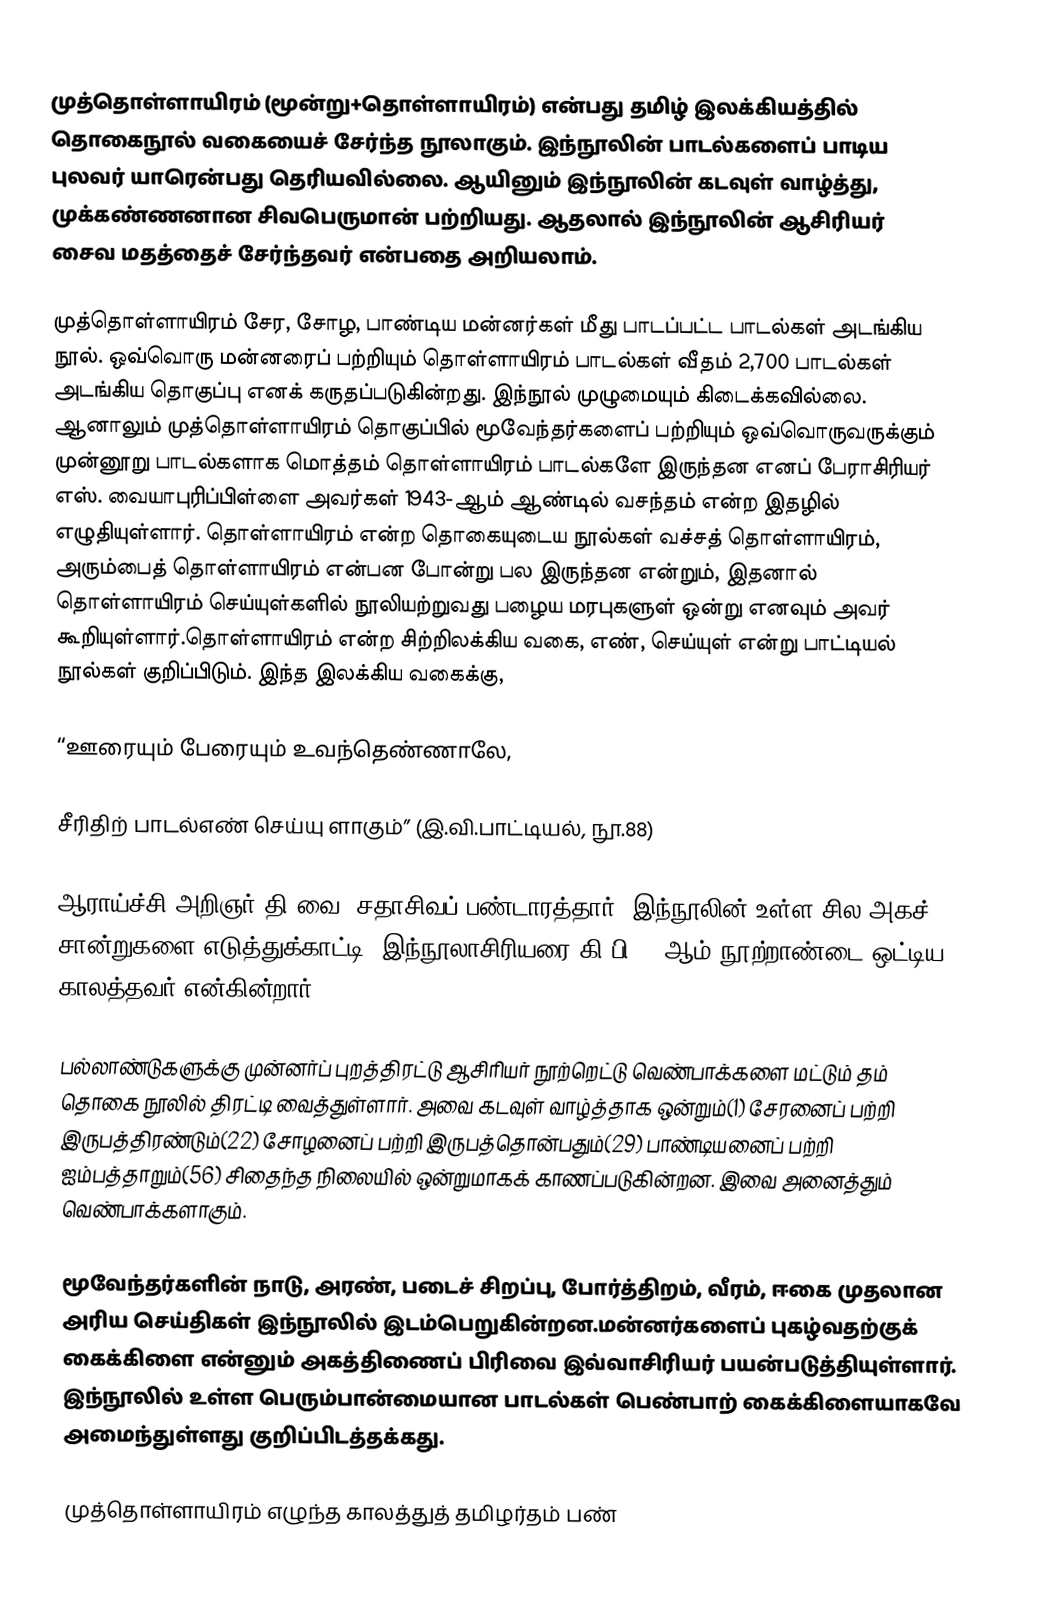
முத்தொள்ளாயிரம் (மூன்று+தொள்ளாயிரம்) என்பது தமிழ் இலக்கியத்தில் தொகைநூல் வகையைச் சேர்ந்த நூலாகும். இந்நூலின் பாடல்களைப் பாடிய புலவர் யாரென்பது தெரியவில்லை. ஆயினும் இந்நூலின் கடவுள் வாழ்த்து, முக்கண்ணனான சிவபெருமான் பற்றியது. ஆதலால் இந்நூலின் ஆசிரியர் சைவ மதத்தைச் சேர்ந்தவர் என்பதை அறியலாம்.

முத்தொள்ளாயிரம் சேர, சோழ, பாண்டிய மன்னர்கள் மீது பாடப்பட்ட பாடல்கள் அடங்கிய நூல். ஒவ்வொரு மன்னரைப் பற்றியும் தொள்ளாயிரம் பாடல்கள் வீதம் 2,700 பாடல்கள் அடங்கிய தொகுப்பு எனக் கருதப்படுகின்றது. இந்நூல் முழுமையும் கிடைக்கவில்லை. ஆனாலும் முத்தொள்ளாயிரம் தொகுப்பில் மூவேந்தர்களைப் பற்றியும் ஒவ்வொருவருக்கும் முன்னூறு பாடல்களாக மொத்தம் தொள்ளாயிரம் பாடல்களே இருந்தன எனப் பேராசிரியர் எஸ். வையாபுரிப்பிள்ளை அவர்கள் 1943-ஆம் ஆண்டில் வசந்தம் என்ற இதழில் எழுதியுள்ளார். தொள்ளாயிரம் என்ற தொகையுடைய நூல்கள் வச்சத் தொள்ளாயிரம், அரும்பைத் தொள்ளாயிரம் என்பன போன்று பல இருந்தன என்றும், இதனால் தொள்ளாயிரம் செய்யுள்களில் நூலியற்றுவது பழைய மரபுகளுள் ஒன்று எனவும் அவர் கூறியுள்ளார்.தொள்ளாயிரம் என்ற சிற்றிலக்கிய வகை, எண், செய்யுள் என்று பாட்டியல் நூல்கள் குறிப்பிடும். இந்த இலக்கிய வகைக்கு,

“ஊரையும் பேரையும் உவந்தெண்ணாலே,

சீரிதிற் பாடல்எண் செய்யு ளாகும்” (இ.வி.பாட்டியல், நூ.88)

ஆராய்ச்சி அறிஞர் தி.வை. சதாசிவப் பண்டாரத்தார். இந்நூலின் உள்ள சில அகச் சான்றுகளை எடுத்துக்காட்டி, இந்நூலாசிரியரை கி.பி. 5-ஆம் நூற்றாண்டை ஒட்டிய காலத்தவர் என்கின்றார்.

பல்லாண்டுகளுக்கு முன்னர்ப் புறத்திரட்டு ஆசிரியர் நூற்றெட்டு வெண்பாக்களை மட்டும் தம் தொகை நூலில் திரட்டி வைத்துள்ளார். அவை கடவுள் வாழ்த்தாக ஒன்றும்(1) சேரனைப் பற்றி இருபத்திரண்டும்(22) சோழனைப் பற்றி இருபத்தொன்பதும்(29) பாண்டியனைப் பற்றி ஐம்பத்தாறும்(56) சிதைந்த நிலையில் ஒன்றுமாகக் காணப்படுகின்றன. இவை அனைத்தும் வெண்பாக்களாகும்.

மூவேந்தர்களின் நாடு, அரண், படைச் சிறப்பு, போர்த்திறம், வீரம், ஈகை முதலான அரிய செய்திகள் இந்நூலில் இடம்பெறுகின்றன.மன்னர்களைப் புகழ்வதற்குக் கைக்கிளை என்னும் அகத்திணைப் பிரிவை இவ்வாசிரியர் பயன்படுத்தியுள்ளார். இந்நூலில் உள்ள பெரும்பான்மையான பாடல்கள் பெண்பாற் கைக்கிளையாகவே அமைந்துள்ளது குறிப்பிடத்தக்கது.

முத்தொள்ளாயிரம் எழுந்த காலத்துத் தமிழர்தம் பண்